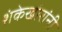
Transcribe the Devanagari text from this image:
शंकेखोरांनी